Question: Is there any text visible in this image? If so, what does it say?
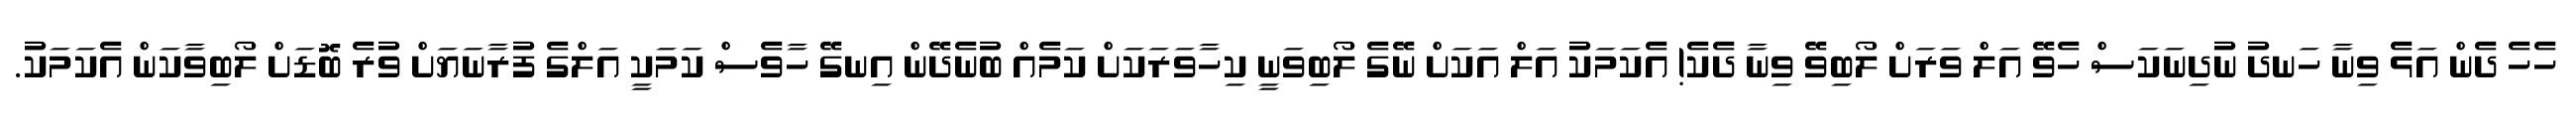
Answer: ހެހެ ދެން އަޅެ ވިނާ ހަނދު ނުދިނަކަސް ހެވޭ އަލް ވަރަށް ލޯބިވޭ ވިނާ ދެކެ! އެކަމަކު އަލް އަކަށް ނޭގެ ލޯބިވަނީ ކިހާވަރަކަށް ކަމެއް ބުނެދޭން އިނގޭ ހާވެސް ކަމަކީ އަލްގެ ފުރާނަޔަށް ވުރެ ބޮޑަށް ލޯބިވާކަން އެކަމަކު.